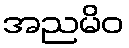
အညမိဝ